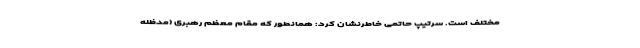
مختلف است. سرتیپ حاتمی خاطرنشان کرد: همانطور که مقام معظم رهبری (مدظله